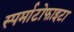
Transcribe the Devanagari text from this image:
स्पर्माटोफाइटा